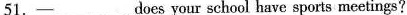
51.——___does your school have sports meetings?